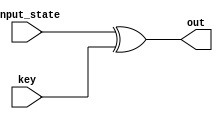
module AddRoundKey(input_state, key, out);

input  [127:0] input_state;
input  [127:0] key;
output  [127:0] out;

assign out = input_state ^ key;

endmodule